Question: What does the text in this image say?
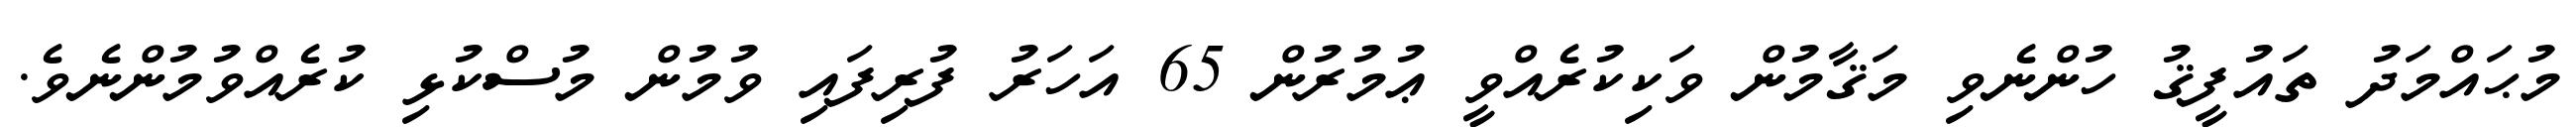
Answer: މުޙައްމަދު ތައުފީޤު ހުންނެވި މަޤާމުން ވަކިކުރެއްވީ ޢުމުރުން 65 އަހަރު ފުރިފައި ވުމުން މުސްކުޅި ކުރެއްވުމުންނެވެ.